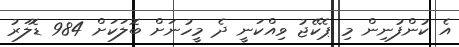
އެ ކުންފުނިން މި ޕެކޭޖު ވިއްކަނީ ދެ މީހުނަށް ބޮލަކަށް 984 ޑޮލަރު